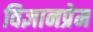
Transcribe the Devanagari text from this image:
विज्ञानप्रेम